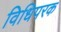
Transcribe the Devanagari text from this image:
विधिपरक